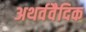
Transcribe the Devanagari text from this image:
अथर्ववैदिक